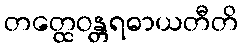
တတ္ထေဝန္တရဓာယတီတိ